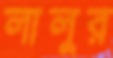
লালুর